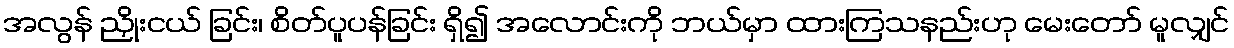
အလွန် ညှိုးငယ် ခြင်း၊ စိတ်ပူပန်ခြင်း ရှိ၍ အလောင်းကို ဘယ်မှာ ထားကြသနည်းဟု မေးတော် မူလျှင်